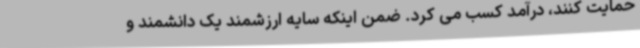
حمایت کنند، درآمد کسب می کرد. ضمن اینکه سایه ارزشمند یک دانشمند و